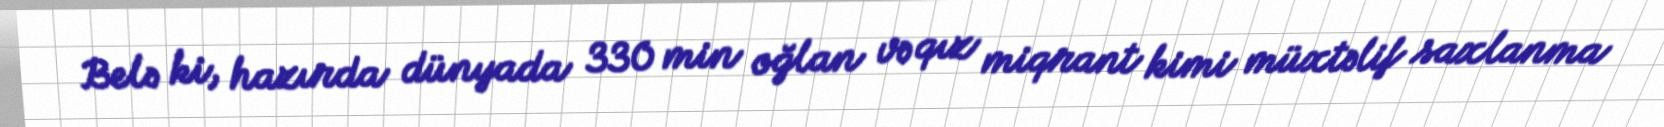
Belə ki, hazırda dünyada 330 min oğlan və qız miqrant kimi müxtəlif saxlanma